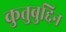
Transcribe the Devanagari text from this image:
कुतुबुद्दिन